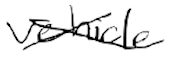
Text: vehicle
Cross-out: cross
Writing tool: digital_black